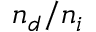
n _ { d } / n _ { i }